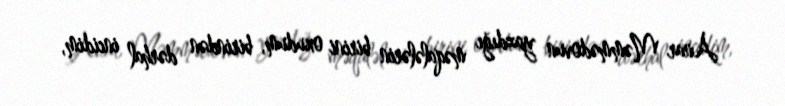
Anar Məmmədovun yazdığı məqalələrin birini oxudum, birindən dərhal incidim,